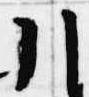
引